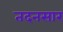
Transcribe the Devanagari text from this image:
तदनसार